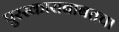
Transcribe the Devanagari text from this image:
पुरस्काराबाबतचा